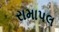
રામાપલ